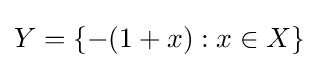
Y=\{-(1+x):x\in X\}